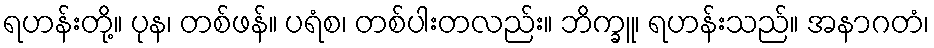
ရဟန်းတို့။ ပုန၊ တစ်ဖန်။ ပရံစ၊ တစ်ပါးတလည်း။ ဘိက္ခူ၊ ရဟန်းသည်။ အနာဂတံ၊